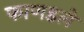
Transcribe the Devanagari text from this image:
फाणडले